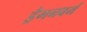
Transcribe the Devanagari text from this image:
ड्रैगनवर्म